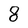
Character: 8